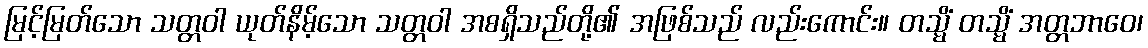
မြင့်မြတ်သော သတ္တဝါ ယုတ်နိမ့်သော သတ္တဝါ အစရှိသည်တို့၏ အဖြစ်သည် လည်းကောင်း။ တသ္မိံ တသ္မိံ အတ္တဘာဝေ၊